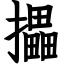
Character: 攂